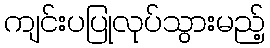
ကျင်းပပြုလုပ်သွားမည့်